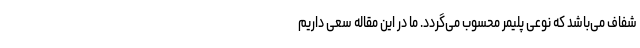
شفاف می‌باشد که نوعی پلیمر محسوب می‌گردد. ما در این مقاله سعی داریم